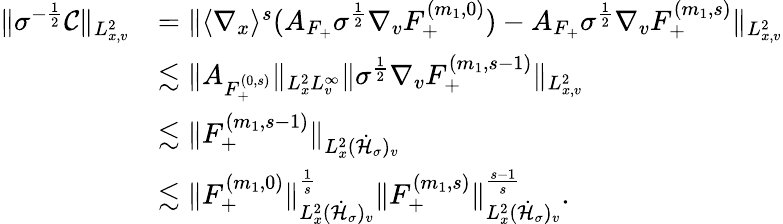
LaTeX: \begin{array}{rl}{\| \sigma^{-\frac{1}{2}}\mathcal C\| _{L_{x,v}^{2}}}&{=\| \langle\nabla_{x}\rangle^{s}(A_{F_{+}}\sigma^{\frac{1}{2}}\nabla_{v}F_{+}^{(m_{1},0)})-A_{F_{+}}\sigma^{\frac{1}{2}}\nabla_{v}F_{+}^{(m_{1},s)}\| _{L_{x,v}^{2}}}\\ &{\lesssim\| A_{F_{+}^{(0,s)}}\| _{L_{x}^{2}L_{v}^{\infty}}\| \sigma^{\frac{1}{2}}\nabla_{v}F_{+}^{(m_{1},s-1)}\| _{L_{x,v}^{2}}}\\ &{\lesssim\| F_{+}^{(m_{1},s-1)}\| _{L_{x}^{2}(\dot{\mathcal H}_{\sigma})_{v}}}\\ &{\lesssim\| F_{+}^{(m_{1},0)}\| _{L_{x}^{2}(\dot{\mathcal H}_{\sigma})_{v}}^{\frac{1}{s}}\| F_{+}^{(m_{1},s)}\| _{L_{x}^{2}(\dot{\mathcal H}_{\sigma})_{v}}^{\frac{s-1}{s}}.}\end{array}